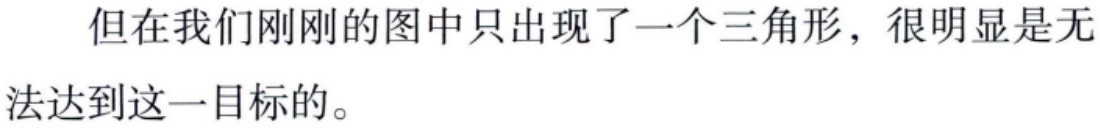
但在我们刚刚的图中只出现了一个三角形，很明显是无法达到这一目标的。